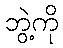
ဘွဲ့ကို